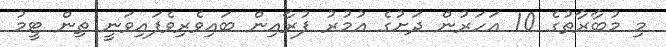
މި މުބާރާތުގެ 10 އަހަރުން ދަށުގެ އުމުރު ފުރާއިން ބައިވެރިވެފައިވަނީ ތިން ޓީމު